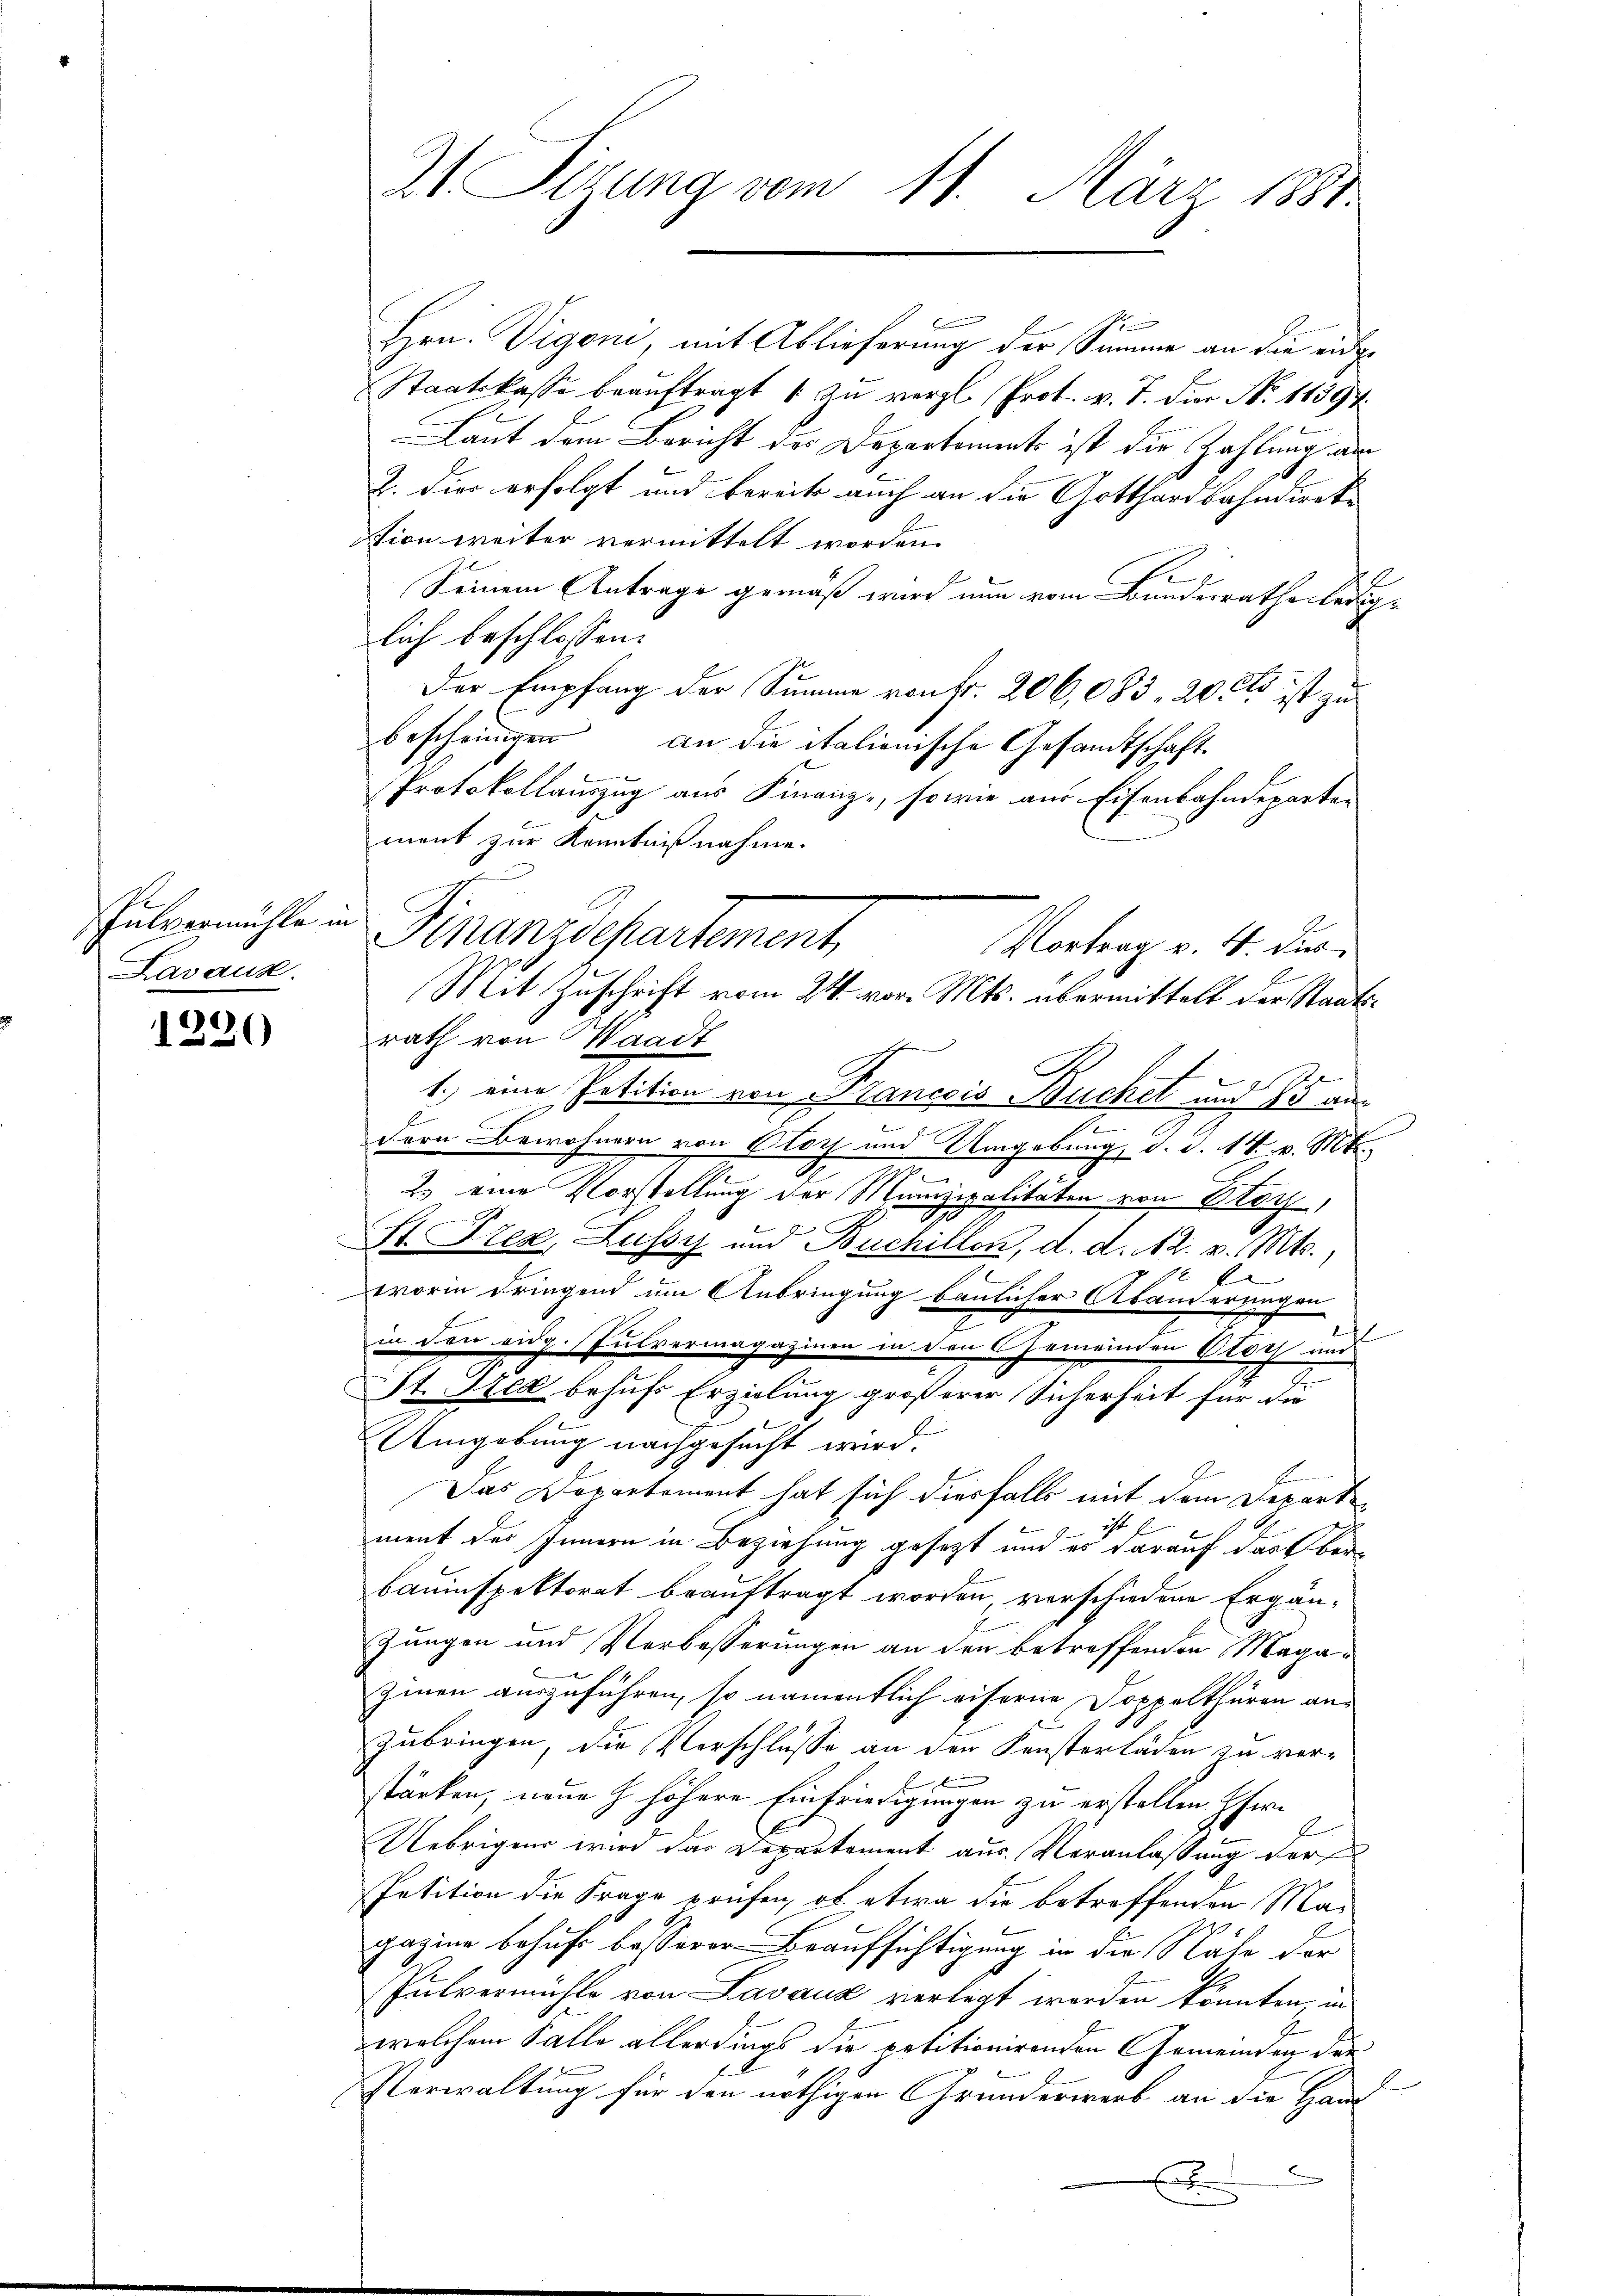
P
pulvermühle in
Lavaux.

4
20)

21 Sizung vom 11. März 1881

1
Hrn. Vigoni, mit Ablieferung der Summe an die eidge
Staatskasse beauftragt 1 zu vergl. Prot. v. J. die No. 11394.
Laut dem Bericht des Departements ist die Zahlung am
2. dies erfolgt und bereits auch an die Gotthardbahndireke
stion weiter vermittelt worden.
Seinem Antrage gemäß wird nun vom Bunderrathe lediglich beschlossen:
Der Empfang der Summe von fr. 206,083. 20 cts ist zu
bescheinigen an die italienische Gesandtschaft
Protokollauszug aus Finanz-, sowie aus Eisenbahndeparten
ment zur Kenntnißnahme.
E
rath von Waadt
1.) eine Petition von Francois Buchet und 75 aus
2
dern Bewohnern von Olor und Umgebung, d. d. 14. v. Mts.
z
2. eine Vorstellung der Munizipalitäten von Platz,
S. Trex, Lussy und Buchillen, d. d. 2. v. Mts.,

worin dringend um Anbringung baulicher Abänderungen
2
e
in den eidg. Pulvermagazinen in den Gemeinden Oloch und
St. Steg behufs Erzielung größerer Sicherheit für die
Umgebung nachgesucht wird.
Das Departement hat sich diesfalls mit dem Departe
ment des Innern in Beziehung gesezt und es darauf das ber
bauinspektorat beauftragt worden verschiedene Ergän-
Zungen und Verbesserungen an den betreffenden Magazinen auszuführen, so namentlich eiferne Doppelthüren anzubringen, die Vorschlüsse an den Fensterläden zu verstärken, neue H. höhere Einfriedigungen zu erstellen Eher¬
Uebrigens wird das Departement aus Veranlassung der
Petition die Frage prüfen, ob etwa die betroffenden Magazine behufs besserer Beaufsichtigung in die Nähe der
Pulvermühle von Lavaux verlegt werden könnten in
welchem Falle allerdings die potitionirenden Gemeinden der
Verwaltung für den nöthigen Grunderwerb an die Haus
e
x

Finanzdepartement
Vortrag v. 4. Dur
Mit Zuschrift vom 24. vor. Mts. übermittelt der Staats¬